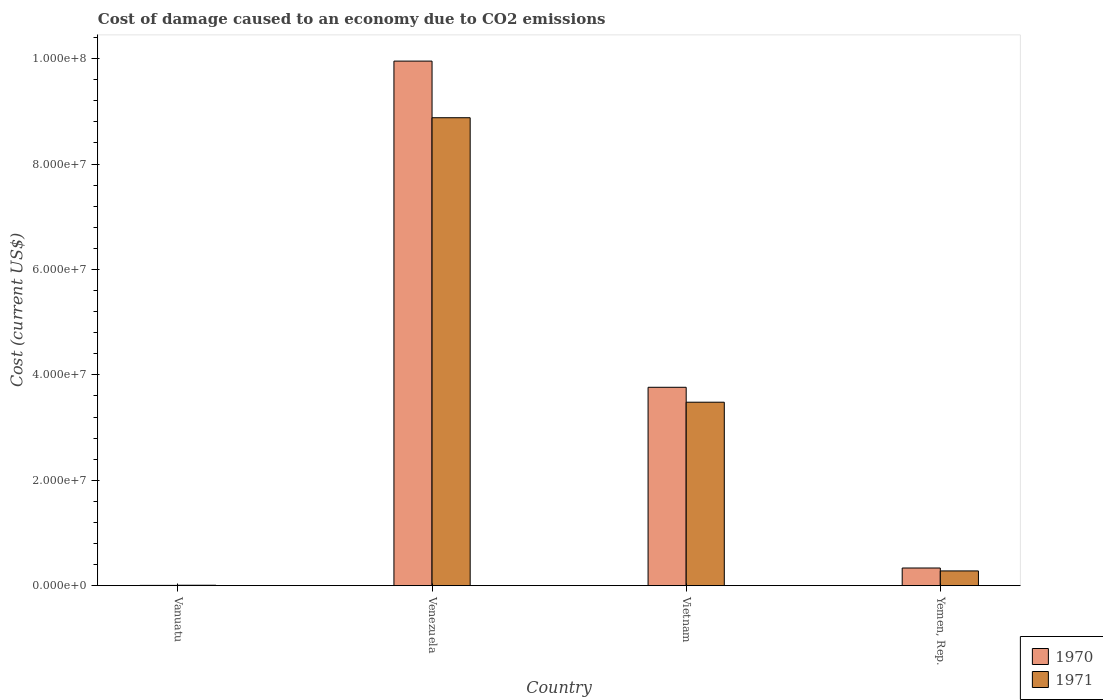
| Country | 1970 | 1971 |
 | --- | --- | --- |
 | Vanuatu | 5.38e+04 | 8.33e+04 |
 | Venezuela | 9.95e+07 | 8.88e+07 |
 | Vietnam | 3.76e+07 | 3.48e+07 |
 | Yemen, Rep. | 3.35e+06 | 2.8e+06 |